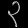
Digit: ၃